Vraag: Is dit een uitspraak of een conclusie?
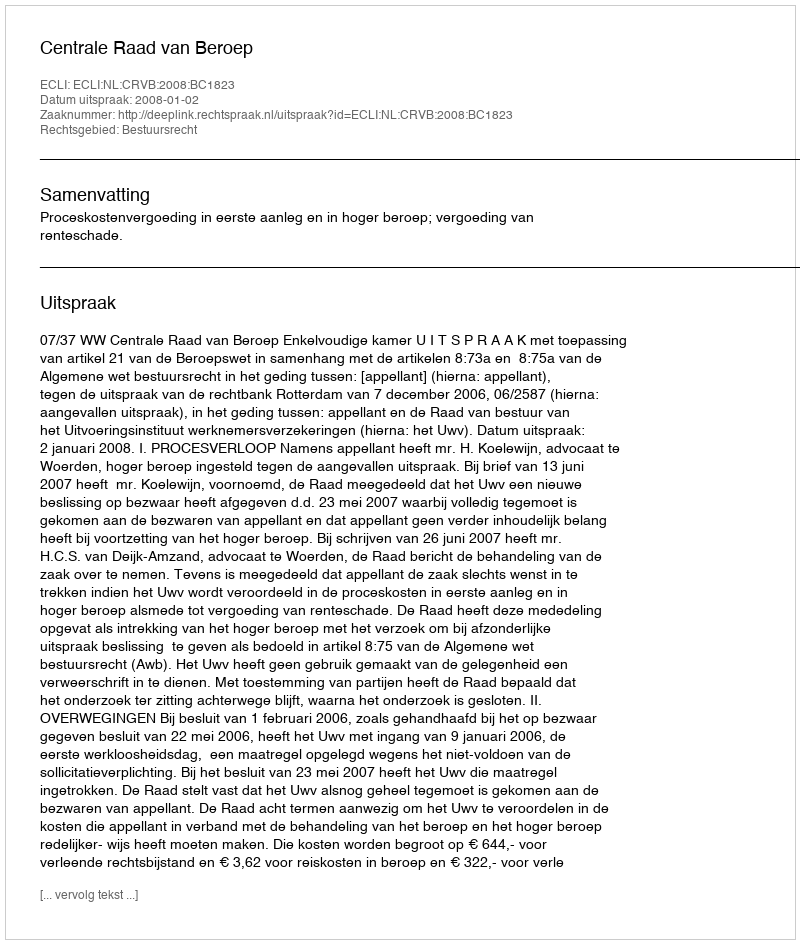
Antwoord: Uitspraak